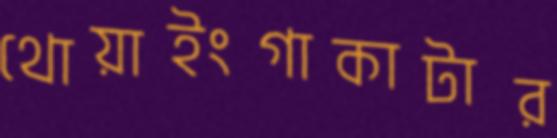
থোয়াইংগাকাটার